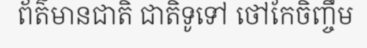
ព័ត៌មានជាតិ ជាតិទូទៅ ថៅកែចិញ្ចឹម